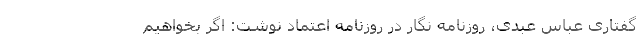
گفتاری عباس عبدی، روزنامه نگار در روزنامه اعتماد نوشت: اگر بخواهیم